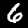
Digit: 6